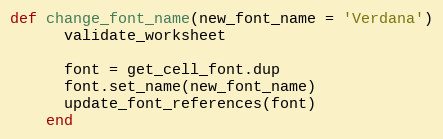
Language: Ruby
def change_font_name(new_font_name = 'Verdana')
      validate_worksheet

      font = get_cell_font.dup
      font.set_name(new_font_name)
      update_font_references(font)
    end